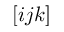
[ i j k ]